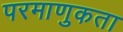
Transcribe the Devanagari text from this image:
परमाणुकता